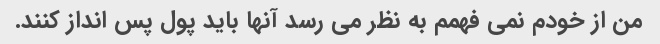
من از خودم نمی فهمم به نظر می رسد آنها باید پول پس انداز کنند.